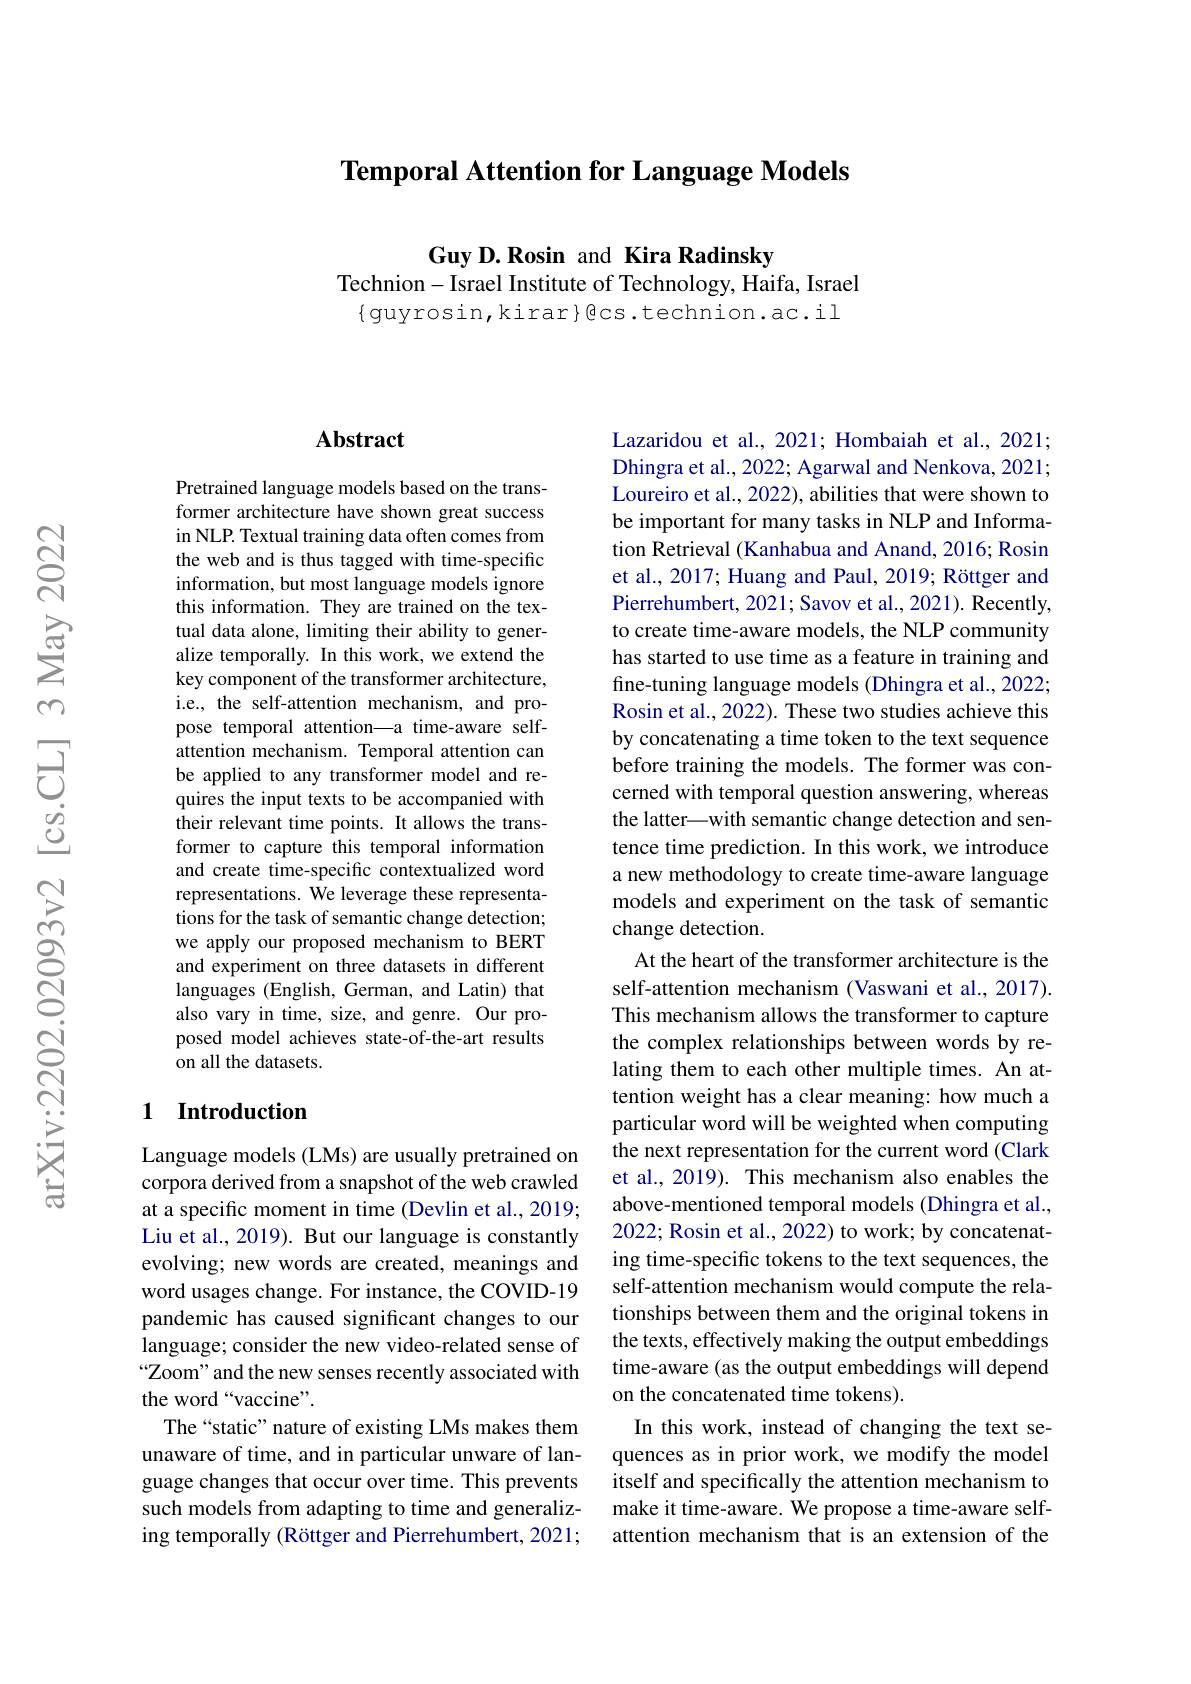
## Temporal Attention for Language Models

Guy D.Rosin and Kira Radinsky
Technion-Israel Institute of Technology, Haifa, Israel $\{$guyrosin,kirar$\}$ecs.technion.ac.il

### $\mathbf{Abstract}$

Pretrained language models based on the transformer architecture have shown great success in NLP. Textual training data often comes from the web and is thus tagged with time-specific information, but most language models ignore this information. They are trained on the textual data alone, limiting their ability to generalize temporally. In this work, we extend the key component of the transformer architecture, i.e., the self-attention mechanism, and propose temporal attention—a time-aware selfattention mechanism. Temporal attention can be applied to any transformer model and requires the input texts to be accompanied with their relevant time points. It allows the transformer to capture this temporal information and create time-specific contextualized word representations. $\hat{\text{We leverage these representa-}}$ tions for the task of semantic change detection; we apply our proposed mechanism to BERT and experiment on three datasets in different languages (English, German, and Latin) that also vary in time, size, and genre. Our proposed model achieves state-of-the-art results on all the datasets.

## 1 Introduction

Language models (LMs) are usually pretrained on corpora derived from a snapshot of the web crawled at a specific moment in time (Devlin et al., 2019; Liu et al., 2019). But our language is constantly evolving; new words are created, meanings and word usages change. For instance, the COVID-19 pandemic has caused significant changes to our language; consider the new video-related sense of “Zoom" and the new senses recently associated with the word“vaccine”.
The“static”nature of existing LMs makes them unaware of time, and in particular unware of language changes that occur over time. This prevents such models from adapting to time and generalizing temporally (Röttger and Pierrehumbert, 2021;

Lazaridou et al., 2021; Hombaiah et al., 2021; Dhingra et al., 2022; Agarwal and Nenkova, 2021; Loureiro et al., 2022), abilities that were shown to be important for many tasks in NLP and Information Retrieval (Kanhabua and Anand, 2016; Rosin et al., 2017; Huang and Paul, 2019; Röttger and Pierrehumbert, 2021; Savov et al., 2021). Recently, to create time-aware models, the NLP community has started to use time as a feature in training and fine-tuning language models (Dhingra et al., 2022; Rosin et al., 2022). These two studies achieve this by concatenating a time token to the text sequence before training the models. The former was concerned with temporal question answering, whereas the latter\_with semantic change detection and sentence time prediction. In this work, we introduce a new methodology to create time-aware language models and experiment on the task of semantic change detection.
At the heart of the transformer architecture is the self-attention mechanism (Vaswani et al., 2017). This mechanism allows the transformer to capture the complex relationships between words by relating them to each other multiple times. An attention weight has a clear meaning: how much a particular word will be weighted when computing the next representation for the current word (Clark et al., 2019). This mechanism also enables the above-mentioned temporal models (Dhingra et al., 2022; Rosin et al., 2022) to work; by concatenating time-specific tokens to the text sequences, the self-attention mechanism would compute the relationships between them and the original tokens in the texts, effectively making the output embeddings time-aware (as the output embeddings will depend on the concatenated time tokens).
In this work, instead of changing the text sequences as in prior work, we modify the model itself and specifically the attention mechanism to make it time-aware. We propose a time-aware selfattention mechanism that is an extension of the